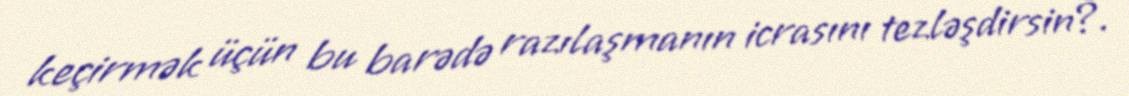
keçirmək üçün bu barədə razılaşmanın icrasını tezləşdirsin?.